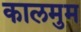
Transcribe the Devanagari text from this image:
कालमुम